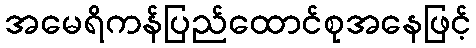
အမေရိကန်ပြည်ထောင်စုအနေဖြင့်